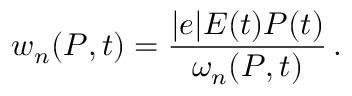
w _ { n } ( P , t ) = \frac { | e | E ( t ) P ( t ) } { \omega _ { n } ( P , t ) } \, .